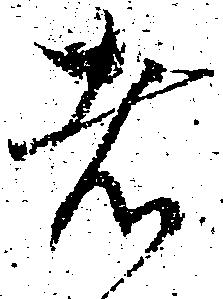
者